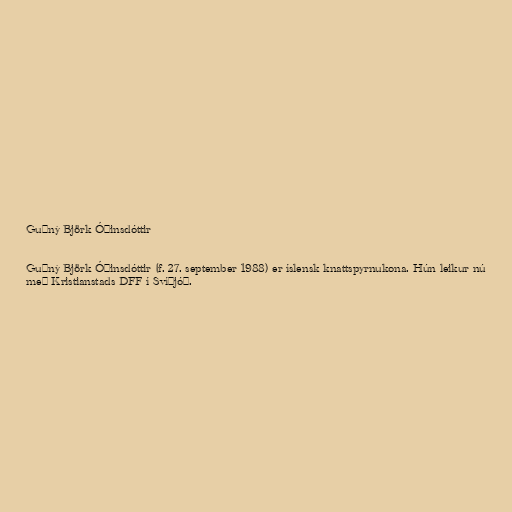
Guðný Björk Óðinsdóttir

Guðný Björk Óðinsdóttir (f. 27. september 1988) er íslensk knattspyrnukona. Hún leikur nú
með Kristianstads DFF í Svíþjóð.